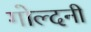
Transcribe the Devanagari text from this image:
गोल्दनी